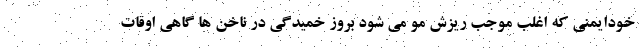
خودایمنی که اغلب موجب ریزش مو می شود بروز خمیدگی در ناخن ها گاهی اوقات